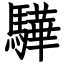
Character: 驊